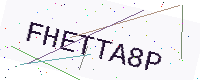
Text: FHETTA8P